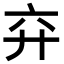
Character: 𢌸